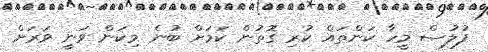
ފުލުސް މީހާ ކަންތައް ކުރި ގޮތުން ކަމަށް ބުނެ މިކަން ވަނީ ވަރަށް